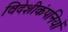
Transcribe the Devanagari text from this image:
विदेशीकंपनियों